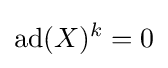
\operatorname {ad} (X)^{k}=0